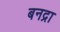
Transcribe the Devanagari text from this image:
बनद्रा